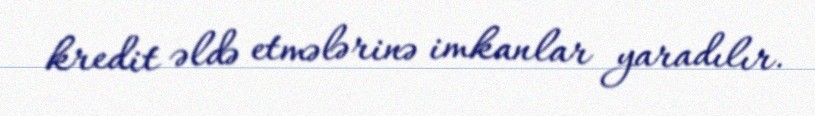
kredit əldə etmələrinə imkanlar yaradılır.